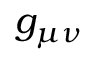
g _ { \mu \nu }